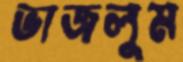
ভাজলুম